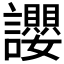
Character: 𧮆